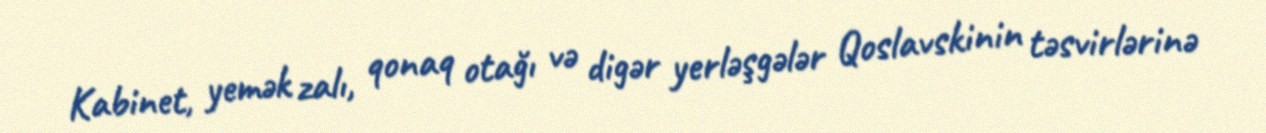
Kabinet, yemək zalı, qonaq otağı və digər yerləşgələr Qoslavskinin təsvirlərinə